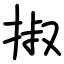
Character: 掓